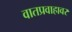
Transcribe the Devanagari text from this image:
वातप्रवाहावर